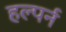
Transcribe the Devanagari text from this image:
हल्पर्न